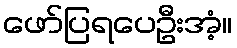
ဖော်ပြရပေဦးအံ့။